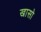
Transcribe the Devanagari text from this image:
खासो